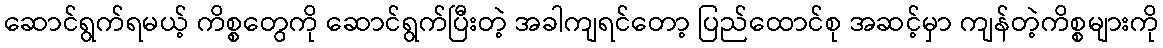
ဆောင်ရွက်ရမယ့် ကိစ္စတွေကို ဆောင်ရွက်ပြီးတဲ့ အခါကျရင်တော့ ပြည်ထောင်စု အဆင့်မှာ ကျန်တဲ့ကိစ္စများကို